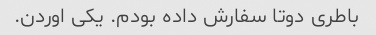
باطری دوتا سفارش داده بودم. یکی اوردن.